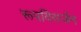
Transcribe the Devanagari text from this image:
रूपविसर्जन